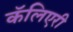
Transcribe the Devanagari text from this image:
कॅलिएरी